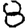
Digit: 8